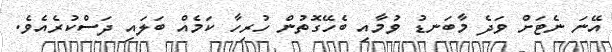
އޭނަ ނެޓަށް ވަދެ މާބަނޑު ވުމާއި ބެހޭގޮތުން ހުރިހާ ކަމެއް ބަލައި ދަސްކުރެއެވެ.